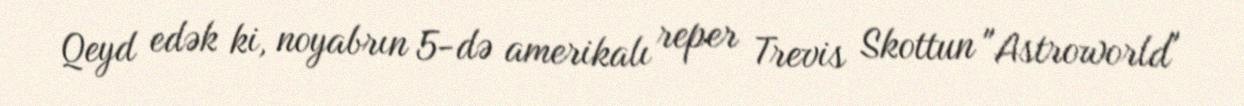
Qeyd edək ki, noyabrın 5-də amerikalı reper Trevis Skottun "Astroworld"